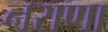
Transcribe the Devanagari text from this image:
नराणा